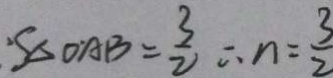
\cdot S _ { \Delta O A B } = \frac { 3 } { 2 } \therefore n = \frac { 3 } { 2 }